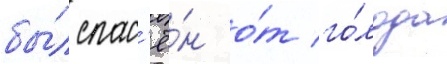
бы́л спас'ё́н о́т го́лода